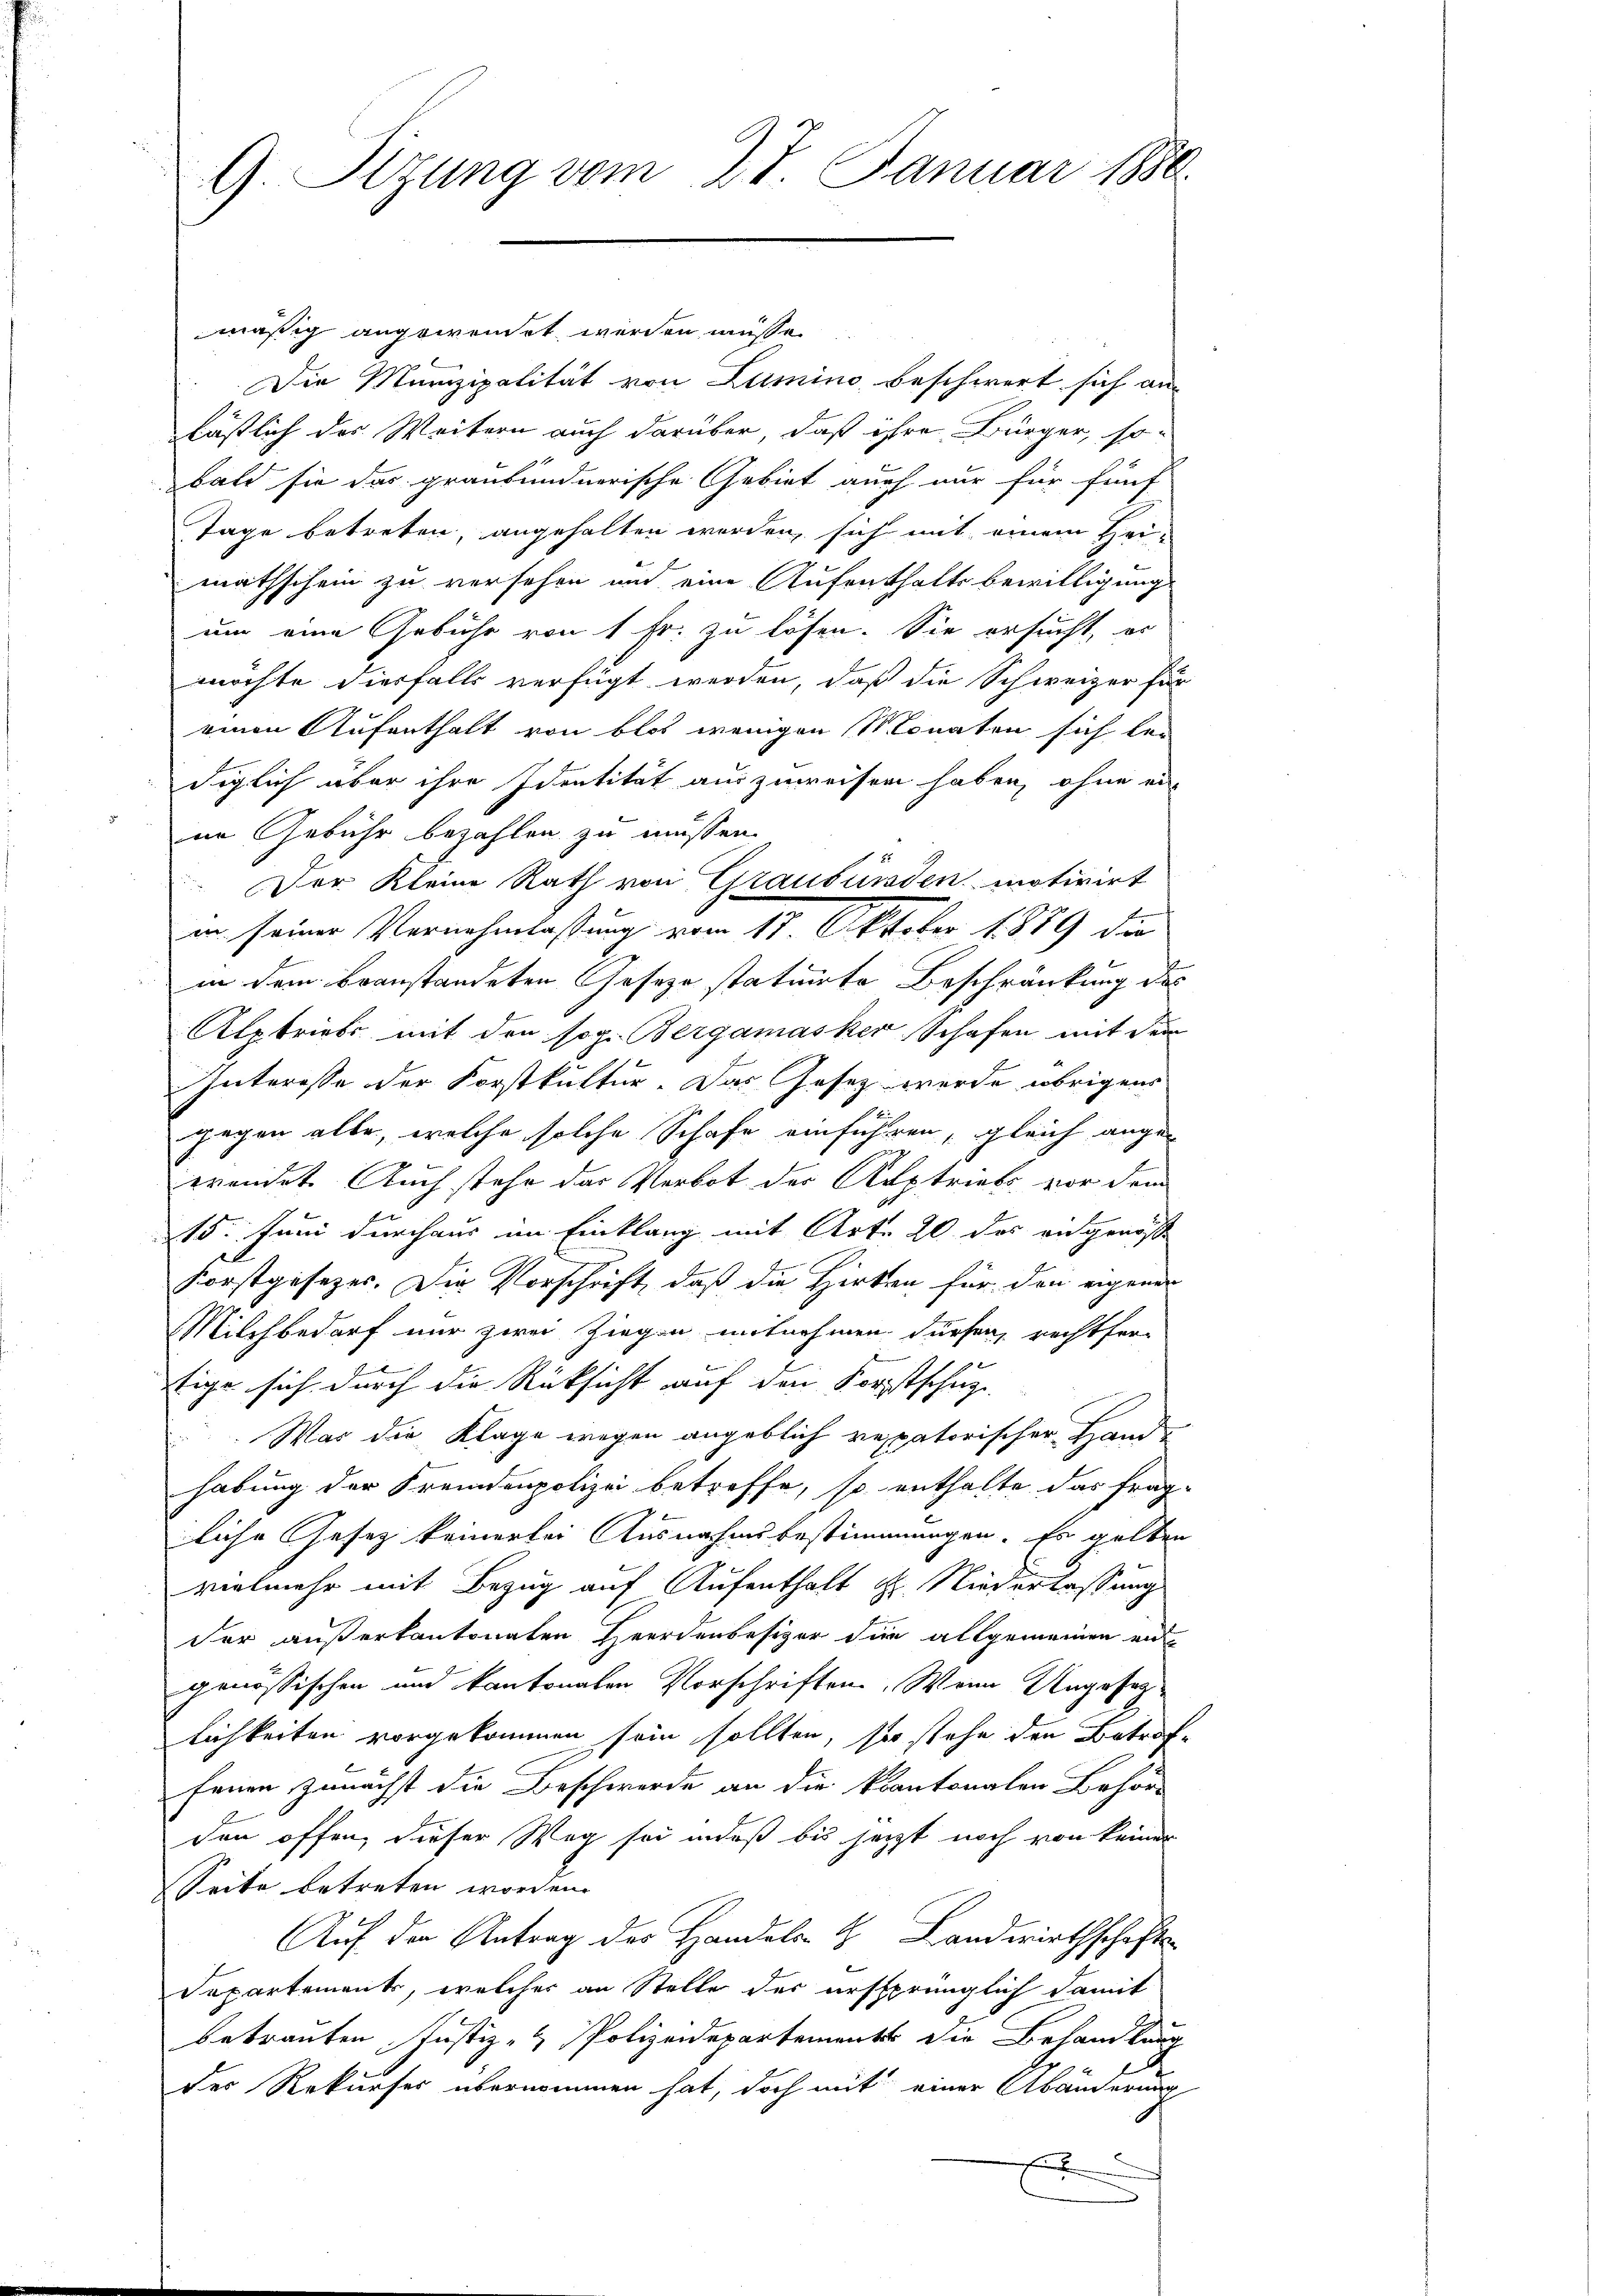
9. Sizung vom 27. Januar 1880.

mäßig angewendet werden müsse.
Die Munizipalität von Lumino beschwert sich an-
läßlich des Weitern auch darüber, daß ihre Bürger, so-
bald sie das graubündnerische Gebiet auch nur für fünf
Tage betreten, angehalten werden, sich mit einem Hei-
mathschein zu versehen und eine Aufenthaltsbewilligung
um eine Gebühr von 1 Fr. zu lösen. Sie ersucht, er
möchte diesfalls verfügt werden, daß die Schweizer für
einen Aufenthalt von blos wenigen Monaten sich bei
diglich über ihre Identität auszuweisen haben, ohne ein
ne Gebühr bezahlen zu müssen.
 25
Der Kleine Rath von Graubünden motivirt
in seine Vernehmlassung vom 17. Oktober 1889 die
in dem beanstandeten Joseze statuirte Beschränkung des
Alptrieb mit den sog. Bergamasker Schafen mit dem
Interesse der Forstkultur. Das Gesetz werde übrigens
gegen alle, welche solche Schafe einführen, gleich ange-
wrendet. Auch stehe das Verbot der Austriebs vor dem
15. Juni durchaus im Einklang mit Art. 20 des eidgenösse
Forstgesezer. Die Vorschrift, daß die Hirten für den eigenen
Milchbedarf nur zwei Ziegen mitnehmen dürfen, rechtferfige sich durch die Rücksicht auf den Fortschuz
Was die Klage wegen angeblich verpatorischer Hand-
habung der Fremdenpolizei betreffe, so enthalte das frag-
liche Gesetz keinerlei Ausnahmsbestimmungen. Es gelben
vielmehr mit Bezug auf Aufenthalt Hr. Niederlassung
der außerkantonaten Heerdenbesizer die allgemeinen en
genössischen und kantonalen Vorschriften. Wenn Ungesag
lichkeiten vorgekommen sein sollten, sie stehe den Betraffenen Zunächst die Beschwerde an die kantonalen Behör-
den offen, dieser Weg sei indeß bis jetzt noch von keiner
Seite betreten worden.
Auf den Antrag des Handels- H. Landwirthschaft
Departements, welcher an Stelle der ursprünglich damit
betrauten Justiz- & Polizeidepartements die Behandlung
des Rekurses übernommen hat, doch mit einer Abänderung
E